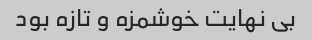
بی نهایت خوشمزه و تازه بود